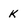
Character: k